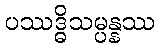
ပဿဒ္ဓိသမ္ပန္နဿ